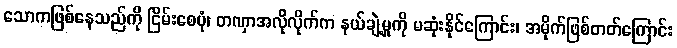
သောကဖြစ်နေသည်ကို ငြိမ်းစေပုံ၊ တဏှာအလိုလိုက်က နယ်ချဲ့မှုကို မဆုံးနိုင်ကြောင်း၊ အမိုက်ဖြစ်တတ်ကြောင်း